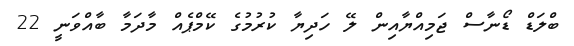
ބްލަޑް ޑޯނާސް ޖަމިއްޔާއިން ލޭ ހަދިޔާ ކުރުމުގެ ކޭމްޕެއް މާދަމާ ބާއްވަނީ 22